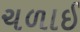
ચળાઈ